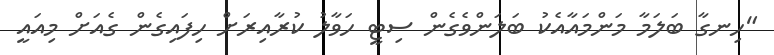
"ހިނގާ ބަލަމާ މަންމައާއެކު ބަލަންވެގެން ސިޓީ ހަވާލު ކުރާއިރަށް ހިފައިގެން ގެއަށް މިއައީ